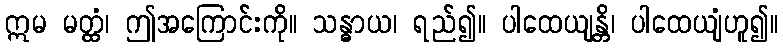
ဣမ မတ္ထံ၊ ဤအကြောင်းကို။ သန္ဓာယ၊ ရည်၍။ ပါထေယျန္တိ၊ ပါထေယျံဟူ၍။